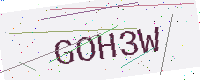
Text: GOH3W